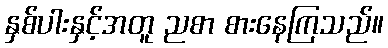
နှစ်ပါးနှင့်အတူ ညစာ စားနေကြသည်။